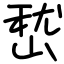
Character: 嵆